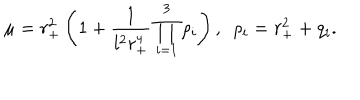
\mu = r _ { + } ^ { 2 } \left( 1 + \frac { 1 } { l ^ { 2 } r _ { + } ^ { 4 } } \prod _ { i = 1 } ^ { 3 } \rho _ { i } \right) , \ \ \rho _ { i } = r _ { + } ^ { 2 } + q _ { i } .